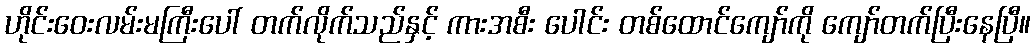
ဟိုင်းဝေးလမ်းမကြီးပေါ် တက်လိုက်သည်နှင့် ကားအစီး ပေါင်း တစ်ထောင်ကျော်ကို ကျော်တက်ပြီးနေပြီ။